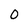
Character: O